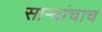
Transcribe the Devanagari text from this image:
साऱ्यांचाच